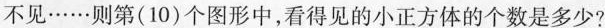
不见……则第(10)个图形中，看得见的小正方体的个数是多少?